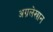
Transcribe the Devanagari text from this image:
अग्रलेखान